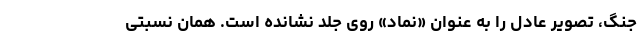
جنگ، تصویر عادل را به عنوان «نماد» روی جلد نشانده است. همان نسبتی